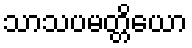
သာသပမတ္တိယော